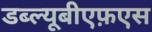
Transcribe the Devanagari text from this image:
डब्ल्यूबीएफ़एस